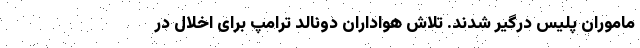
ماموران پلیس درگیر شدند. تلاش هواداران دونالد ترامپ برای اخلال در